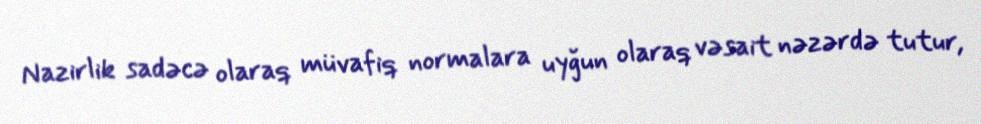
Nazirlik sadəcə olaraq müvafiq normalara uyğun olaraq vəsait nəzərdə tutur,